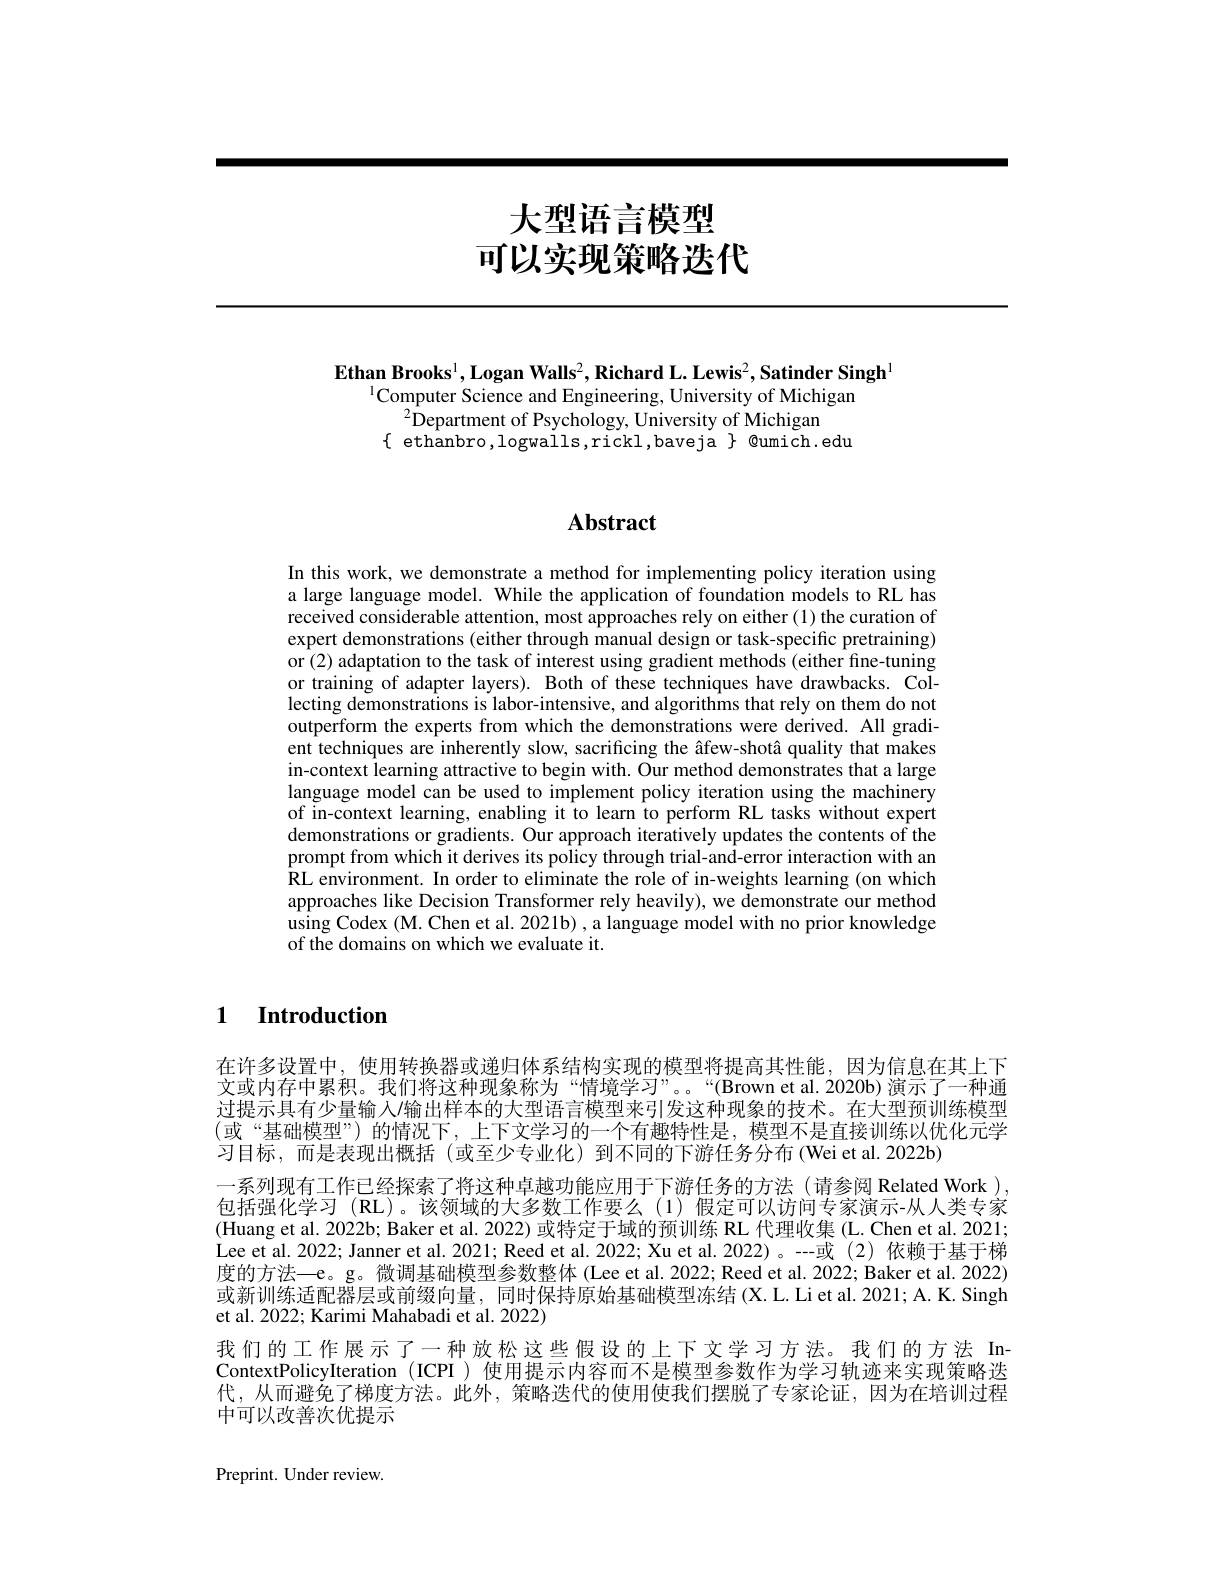
# 大型语言模型可以实现策略迭代

$\mathbf{Ethan}\textbf{ Brooks}^1, \mathbf{Logan}\textbf{Walls}^2, \mathbf{Richard~L. ~Lewis}^2, \mathbf{Satinder~Singh}^1$
$^{1}$Computer Science and Engineering, University of Michigan
$^{2}$Department of Psychology, University of Michigan
$\{$ ethanbro,logwalls,rickl,baveja$\}$@umich.edu

# Abstract

In this work, we demonstrate a method for implementing policy iteration using a large language model. While the application of foundation models to RL has received considerable attention, most approaches rely on either (1) the curation of expert demonstrations (either through manual design or task-specific pretraining) or (2) adaptation to the task of interest using gradient methods (either fine-tuning or training of adapter layers). Both of these techniques have drawbacks. Collecting demonstrations is labor-intensive, and algorithms that rely on them do not outperform the experts from which the demonstrations were derived. All gradient techniques are inherently slow, sacrificing the âfew-shotâ quality that makes in-context learning attractive to begin with. Our method demonstrates that a large language model can be used to implement policy iteration using the machinery of in-context learning, enabling it to learn to perform RL tasks without expert demonstrations or gradients. Our approach iteratively updates the contents of the prompt from which it derives its policy through trial-and-error interaction with an $\hat{\text{RL environment. In order to eliminate the role of in-weights learning (on which)}}$ approaches like Decision Transformer rely heavily), we demonstrate our method using Codex (M. Chen et al. 2021b) , a language model with no prior knowledge of the domains on which we evaluate it.

1 Introduction

在许多设置中，使用转换器或递归体系结构实现的模型将提高其性能，因为信息在其上下文或内存中累积。我们将这种现象称为“情境学习”。“(Brown et al. 2020b) 演示了一种通过提示具有少量输人输出样本的大型语言模型来引发这种现象的技术。在大型预训练模型(或“基础模型”)的情况下，上下文学习的一个有趣特性是，模型不是直接训练以优化元学习目标，而是表现出概括(或至少专业化)到不同的下游任务分布(Weiet al.2022b)
一系列现有工作已经探索了将这种卓越功能应用于下游任务的方法(请参阅 Related Work ), 包括强化学习 (RL)。该领域的大多数工作要么(1)假定可以访问专家演示-从人类专家(Huang et al. 2022b; Baker et al. 2022) 或特定于域的预训练 RL 代理收集 (L. Chen et al. 2021; Lee et al. 2022; Janner et al. 2021; Reed et al. 2022; Xu et al. 2022)。--或 (2) 依赖于基于梯度的方法—e。g。微调基础模型参数整体(Lee et al.2022; Reed et al. 2022; Baker et al. 2022) 或新训练适配器层或前缀向量，同时保持原始基础模型冻结(X.L.Li et al.2021; A. K. Singh et al. 2022; Karimi Mahabadi et al. 2022)
我们的工作展示了一种放松这些假设的上下文学习方法。我们的方法 InContextPolicyIteration (ICPI ) 使用提示内容而不是模型参数作为学习轨迹来实现策略迭代，从而避免了梯度方法。此外，策略迭代的使用使我们摆脱了专家论证，因为在培训过程中可以改善次优提示

Preprint. Under review.